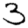
Digit: 3